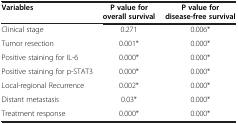
<table><thead><tr><td><b>Variables</b></td><td><b>P value for overall survival</b></td><td><b>P value for disease-free survival</b></td></tr></thead><tbody><tr><td>Clinical stage</td><td>0.271</td><td>0.006*</td></tr><tr><td>Tumor resection</td><td>0.001*</td><td>0.000*</td></tr><tr><td>Positive staining for IL-6</td><td>0.000*</td><td>0.000*</td></tr><tr><td>Positive staining for p-STAT3</td><td>0.000*</td><td>0.000*</td></tr><tr><td>Local-regional Recurrence</td><td>0.002*</td><td>0.000*</td></tr><tr><td>Distant metastasis</td><td>0.03*</td><td>0.000*</td></tr><tr><td>Treatment response</td><td>0.000*</td><td>0.000*</td></tr></tbody></table>